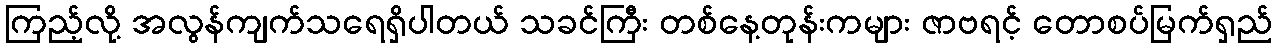
ကြည့်လို့ အလွန်ကျက်သရေရှိပါတယ် သခင်ကြီး တစ်နေ့တုန်းကများ ဇာဗရင့် တောစပ်မြက်ရှည်